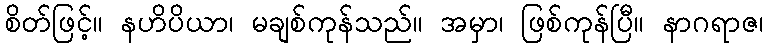
စိတ်ဖြင့်။ နဟိပိယာ၊ မချစ်ကုန်သည်။ အမှာ၊ ဖြစ်ကုန်ပြီ။ နာဂရာဇ၊